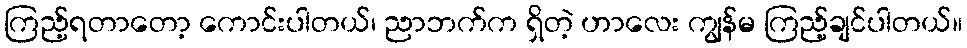
ကြည့်ရတာတော့ ကောင်းပါတယ်၊ ညာဘက်က ရှိတဲ့ ဟာလေး ကျွန်မ ကြည့်ချင်ပါတယ်။